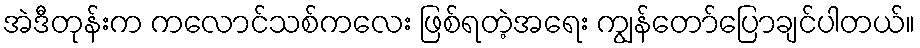
အဲဒီတုန်းက ကလောင်သစ်ကလေး ဖြစ်ရတဲ့အရေး ကျွန်တော်ပြောချင်ပါတယ်။